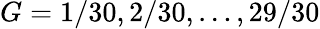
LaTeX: G=1/30,2/30,\dots,29/30